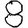
Digit: 8